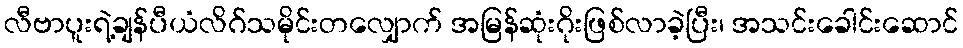
လီဗာပူးရဲ့ချန်ပီယံလိဂ်သမိုင်းတလျှောက် အမြန်ဆုံးဂိုးဖြစ်လာခဲ့ပြီး၊ အသင်းခေါင်းဆောင်